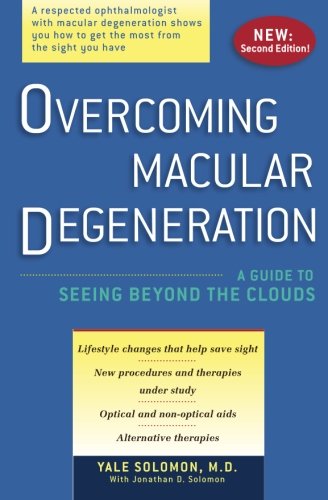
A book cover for Overcoming Macular Degeneration: A Guide to Seeing Beyond the Clouds; Health, Fitness & Dieting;